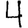
Digit: 4